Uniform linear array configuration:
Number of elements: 24
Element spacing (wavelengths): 1
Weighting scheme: kaiser
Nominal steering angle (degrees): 15
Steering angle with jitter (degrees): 15.544
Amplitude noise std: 0.05
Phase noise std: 0.05

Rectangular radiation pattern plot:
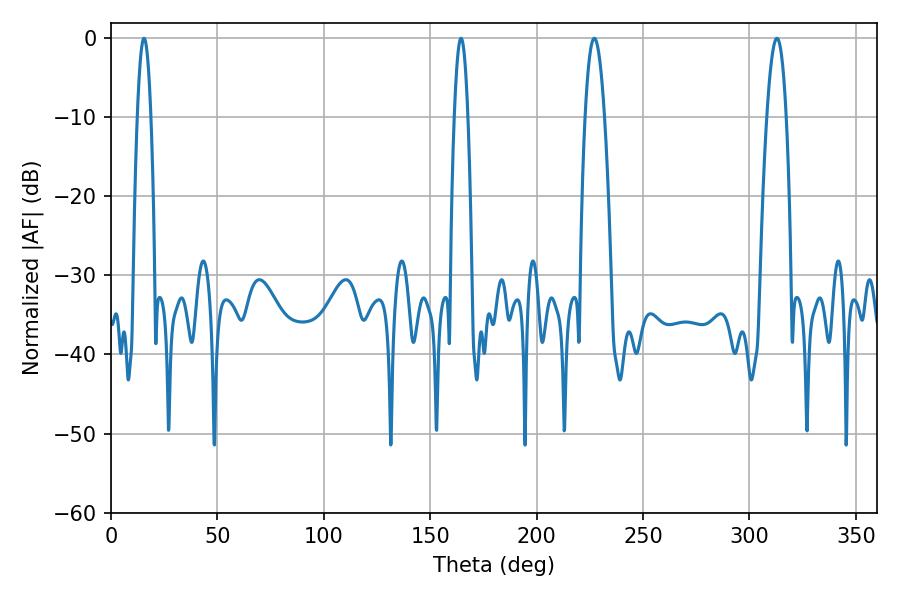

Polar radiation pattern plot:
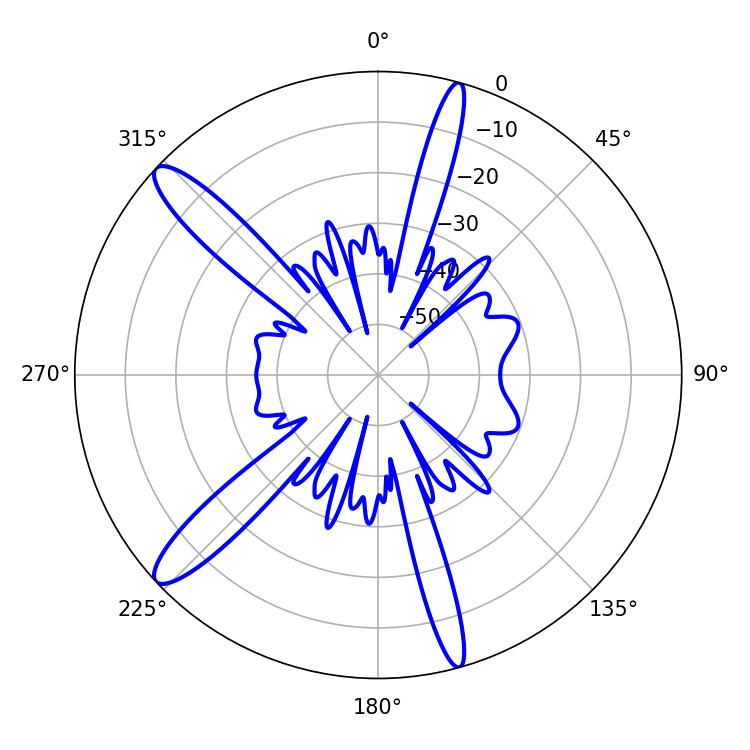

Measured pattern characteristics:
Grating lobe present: TRUE
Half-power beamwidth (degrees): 3.42
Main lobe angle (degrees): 15.48